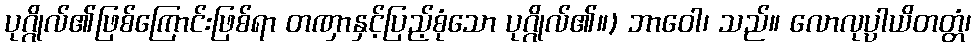
ပုဂ္ဂိုလ်၏ဖြစ်ကြောင်းဖြစ်ရာ တဏှာနှင့်ပြည့်စုံသော ပုဂ္ဂိုလ်၏။) ဘာဝေါ၊ သည်။ လောလုပ္ပါယိတတ္တံ၊